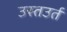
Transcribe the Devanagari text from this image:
उस्तउर्त